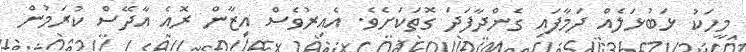
މީހަކު ޅަބުޅަލެއް ދަމާފައި ގެންދާފަދަ ގޮތަކަށެވެ. އެއިރުވެސް އިޒާން ރޮއެ އާދޭސް ކުރަމުން